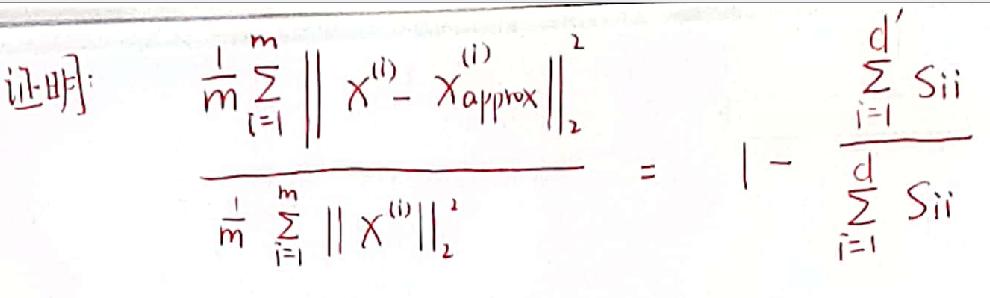
证明: \(\frac{\frac{1}{m} \sum_{i = 1}^{m} \left\| x^{(i)} - x_{approx}^{(i)} \right\|_2^2}{\frac{1}{m} \sum_{i = 1}^{m} \left\| x^{(i)} \right\|_2^2} = 1 - \frac{\sum_{i = 1}^{d'} s_{ii}}{\sum_{i = 1}^{d} s_{ii}}\)